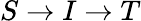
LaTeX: S\rightarrow I\rightarrow T